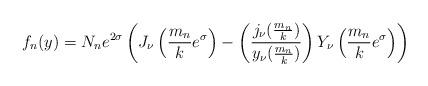
LaTeX: \begin{align*}f_n(y)= N_n e^{2\sigma} \left( J_\nu\left({m_n \over k}e^{\sigma}\right) - \left({j_\nu({m_n \over k})\over y_\nu({m_n \over k})} \right) Y_\nu\left({m_n \over k}e^{\sigma}\right) \right)\end{align*}